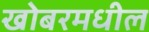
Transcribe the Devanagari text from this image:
खोबरमधील